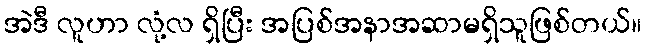
အဲဒီ လူဟာ လုံ့လ ရှိပြီး အပြစ်အနာအဆာမရှိသူဖြစ်တယ်။